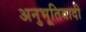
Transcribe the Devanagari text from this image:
अनुभूतिवादी